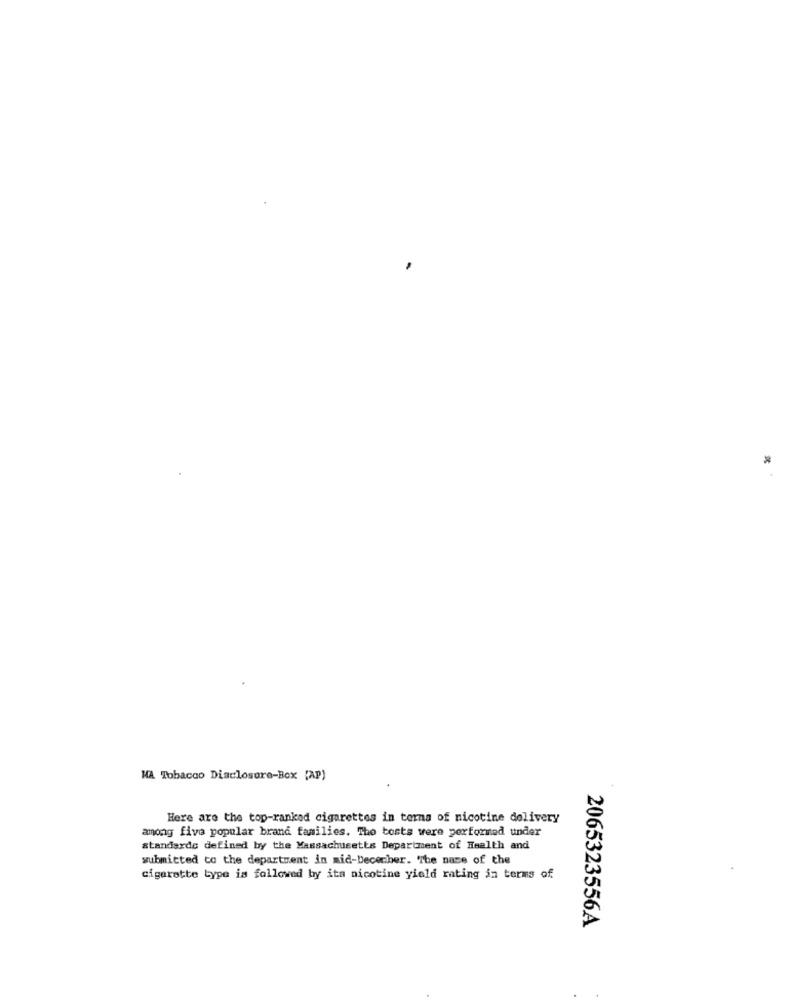
HA Tobacco Disclosure-Box (AP)
Here are the top-ranked cigarettes in terms of nicotine delivery
among five popular brand families. Tho tests were performed under
standards defined by the Massachusetts Department of Health and
submitted to the department in mid-December. The name of the
cigarette type is followed by its nicotine yield rating in terms of
2065323556A